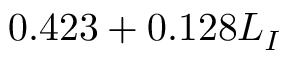
0 . 4 2 3 + 0 . 1 2 8 L _ { I }